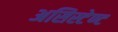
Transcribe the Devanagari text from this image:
असिस्टेण्ट